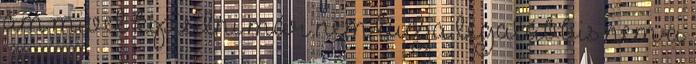
ám mivel kipisilni már nem tudja legalábbis nem a